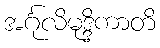
အင်္ဂုလိမုဒ္ဒိကာတိ